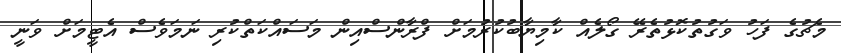
މެޗުގެ ފަހު ވަގުތުކޮޅުތެރޭ ގޯލެއް ކާމިޔާބުކުރުމަށް ފްރާންސްއިން މަސައްކަތްކުރި ނަމަވެސް އެޓީމަށް ވަނީ